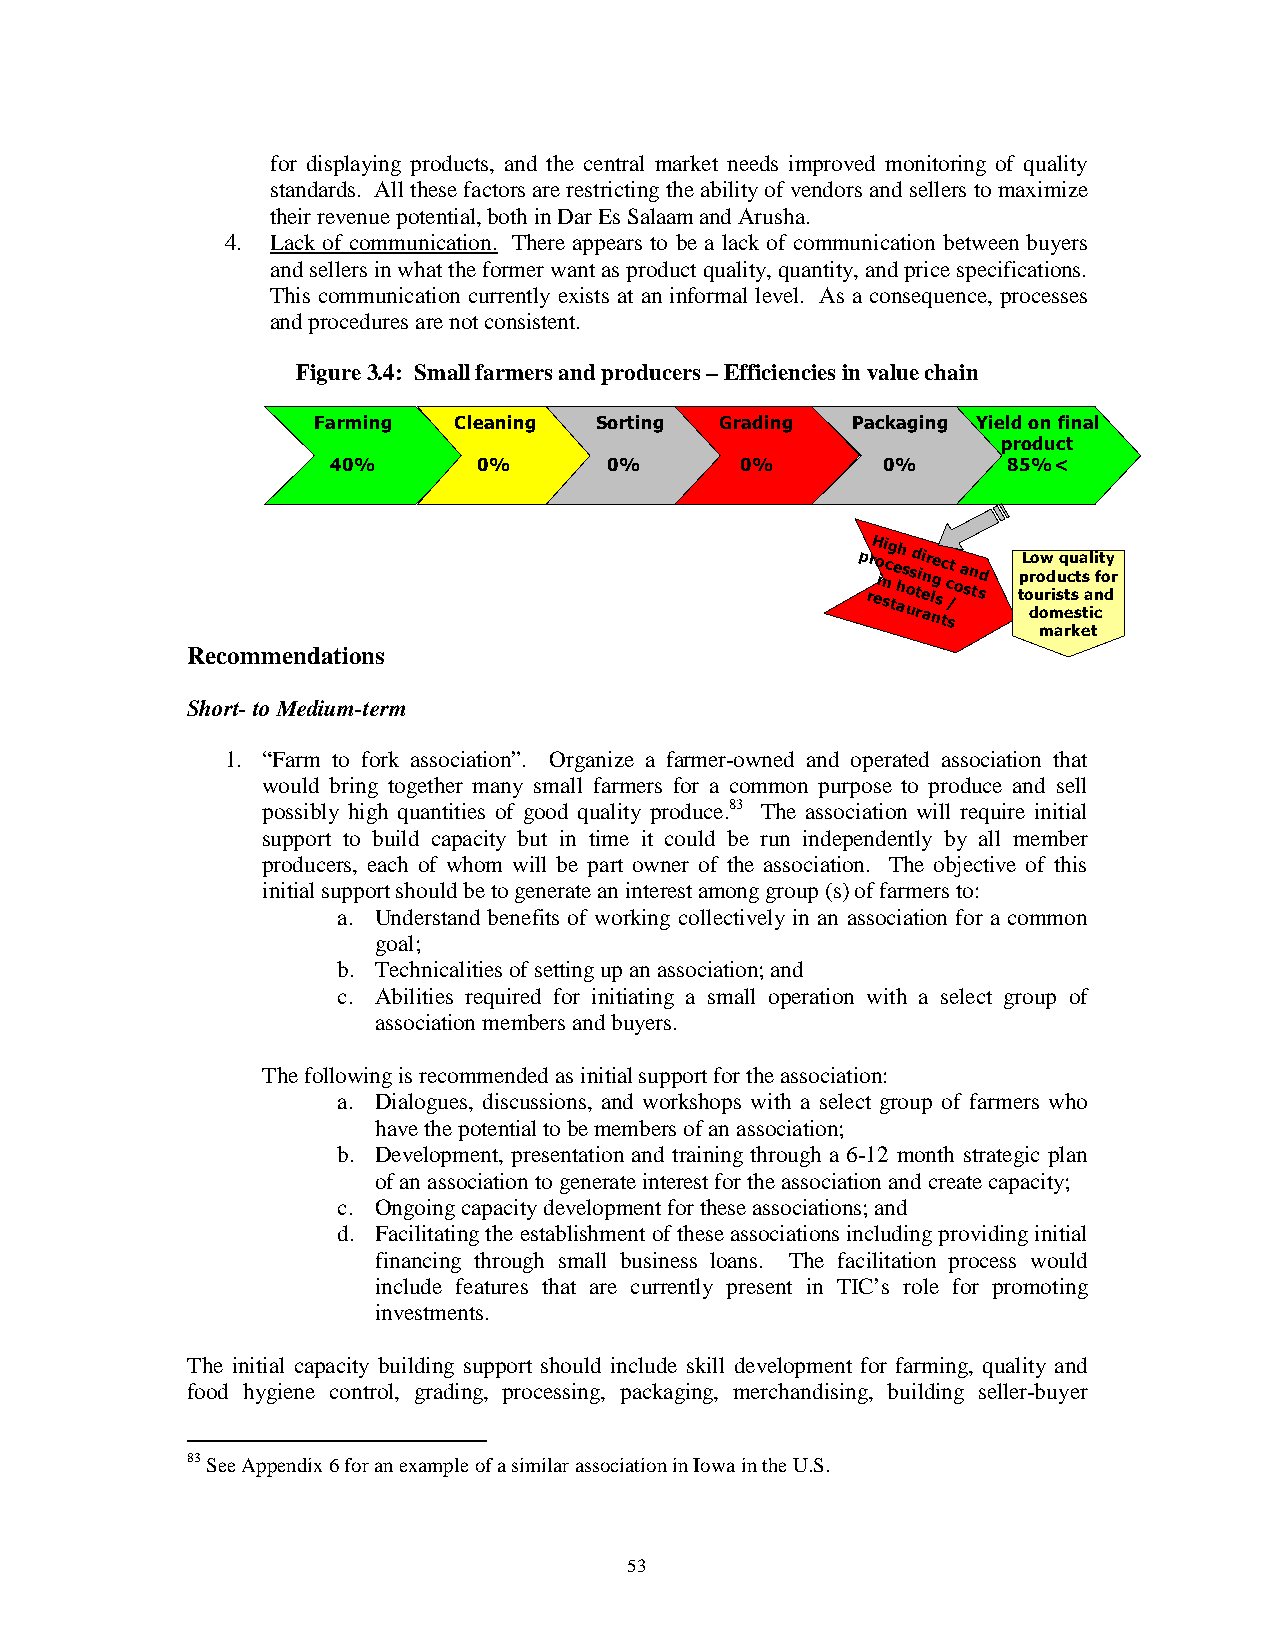
for displaying products, and the central market needs improved monitoring of quality
 standards. All these factors are restricting the ability of vendors and sellers to maximize
 their revenue potential, both in Dar Es Salaam and Arusha.
 4. Lack of communication. There appears to be a lack of communication between buyers
 and sellers in what the former want as product quality, quantity, and price specifications.
 This communication currently exists at an informal level. As a consequence, processes
 and procedures are not consistent.
 Figure 3.4: Small farmers and producers – Efficiencies in value chain
 Farming  Cleaning Sorting  Grading Packaging Yield on final
 product
 40%       0%      0%       0%       0%       85%<
 p rrH eo in si cg t e h ah s o u sd t rii e anr l nge s tc c s/t o a sn tsd tpL or do uo ow rd mi u sq etcu s sta s ta il cni ft o dy r
 market
 Recommendations
 Short- to Medium-term
 1. “Farm to fork association”. Organize a farmer-owned and operated association that
 would bring together many small farmers for a common purpose to produce and sell
 possibly high quantities of good quality produce.83 The association will require initial
 support to build capacity but in time it could be run independently by all member
 producers, each of whom will be part owner of the association. The objective of this
 initial support should be to generate an interest among group (s) of farmers to:
 a. Understand benefits of working collectively in an association for a common
 goal;
 b. Technicalities of setting up an association; and
 c. Abilities required for initiating a small operation with a select group of
 association members and buyers.
 The following is recommended as initial support for the association:
 a. Dialogues, discussions, and workshops with a select group of farmers who
 have the potential to be members of an association;
 b. Development, presentation and training through a 6-12 month strategic plan
 of an association to generate interest for the association and create capacity;
 c. Ongoing capacity development for these associations; and
 d. Facilitating the establishment of these associations including providing initial
 financing through small business loans. The facilitation process would
 include features that are currently present in TIC’s role for promoting
 investments.
 The initial capacity building support should include skill development for farming, quality and
 food hygiene control, grading, processing, packaging, merchandising, building seller-buyer
 83 See Appendix 6 for an example of a similar association in Iowa in the U.S.
 53